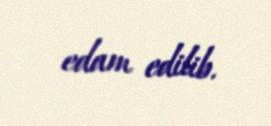
edam edilib.